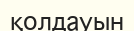
қолдауын